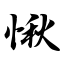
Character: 愀